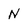
Character: N